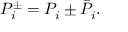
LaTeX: P _ { i } ^ { \pm } = P _ { i } \pm \bar { P } _ { i } .